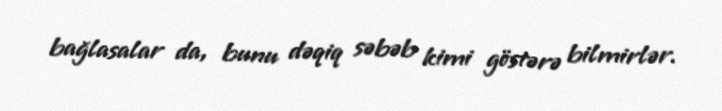
bağlasalar da, bunu dəqiq səbəb kimi göstərə bilmirlər.